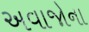
અવાજોના